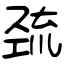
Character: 巯